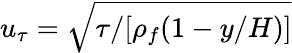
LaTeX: u_{\tau}=\sqrt{\tau/[\rho_{f}(1-y/H)]}